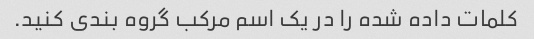
کلمات داده شده را در یک اسم مرکب گروه بندی کنید.